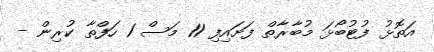
އަތޮޅު ފުޓުބޯޅަ މުބާރާތް ފަށައިފި 11 މަސް 1 ހަފްތާ ކުރިން -